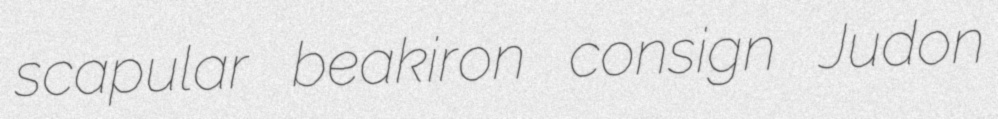
scapular beakiron consign Judon